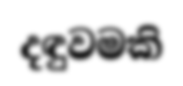
දඳුවමකි